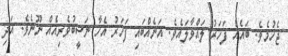
ޖެހުމެވެ. ބައެއް ފަހަރު ލައްވާލައެވެ. އަނެއްބައި ފަހަރު އެހާ ނަސީބުވެރިއެއް ނޫނެވެ. އަދި